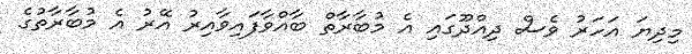
މިދިޔަ އަހަރު ވެސް ދިއްދޫގައި އެ މުބާރާތް ބާއްވާފައިވާއިރު އޭރު އެ މުބާރާތުގެ